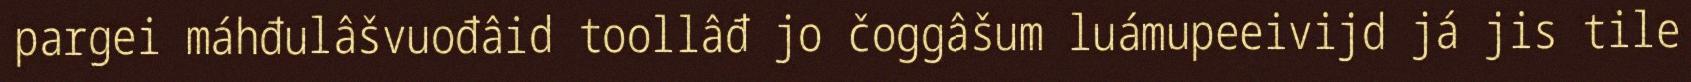
pargei máhđulâšvuođâid toollâđ jo čoggâšum luámupeeivijd já jis tile